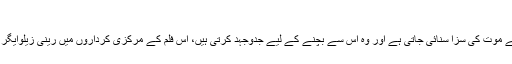
شکاگو، 2002 (Chicago)
1920 کی دہائی کے شکاگو میں دو خواتین کو قتل کرنے پر اکھٹے موت کی سزا سنائی جاتی ہے اور وہ اس سے بچنے کے لیے جدوجہد کرتی ہیں، اس فلم کے مرکزی کرداروں میں رینی زیلوایگر اور کیتھرین زیٹا جونز نے اپنی زندگی کے یادگار کردار ادا کیے۔